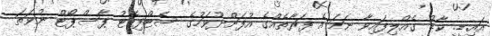
އައި.ޑީ. ކާޑު ގެއްލިފައިވާ ނަމަ އެ ފަރާތެއްގެ އުފަންދުވަހުގެ ސެޓްފިކެޓު ޕާސްޕޯޓް ނުވަތަ